Medical and sanitary report of the native army of Madras for the year
Year: 1878
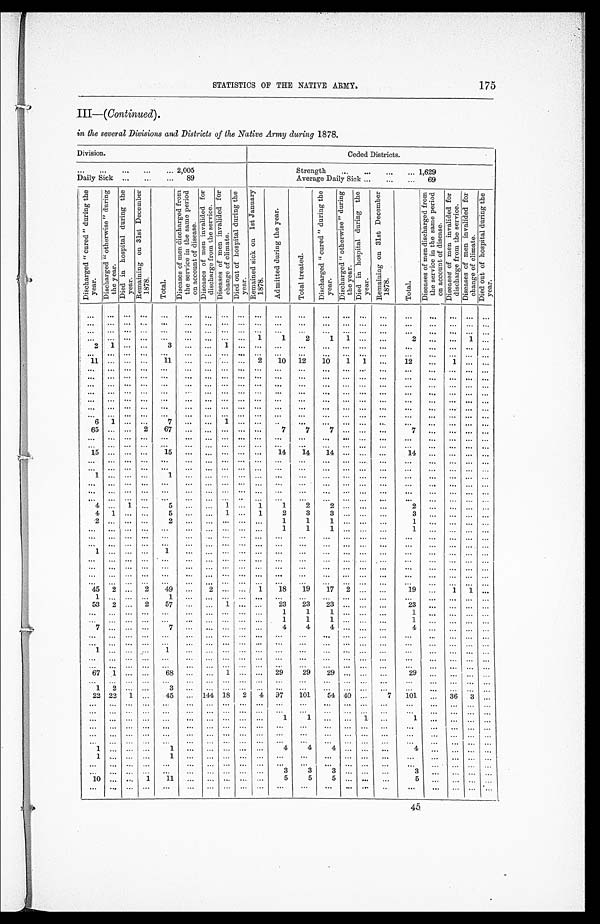
STATISTICS OF THE NATIVE ARMY.
III— (Continued).
in the several Divisions and Districts of the Native Army during 1878.
Division.
Ceded Districts.
. . . 2,005
Strength . . . 1,629
Daily Sick . . . 89
Average Daily Sick . . . 69
D i s c h a r g e d " c u r e d " d u r i n g t h e y e a r . D i s c h a r g e d " o t h e r w i s e " d u r i n g t h e y e a r .
D i e d i n h o s p i t a l d u r i n g t h e y e a r .
R e m a i n i n g o n 3 1 s t D e c e m b e r 1 8 7 8 .
T o t a l .
D i s e a s e s o f m e n d i s c h a r g e d f r o m t h e s e r v i c e i n t h e s a m e p e r i o d o n a c c o u n t o f d i s e a s e .
D i s e a s e s o f m e n i n v a l i d e d f o r d i s c h a r g e f r o m t h e s e r v i c e .
D i s e a s e s o f m e n i n v a l i d e d f o r c h a n g e o f c l i m a t e .
D i e d o u t o f h o s p i t a l d u r i n g t h e y e a r .
R e m a i n e d s i c k o n 1 s t J a n u a r y 1 8 7 8 .
A d m i t t e d d u r i n g t h e y e a r .
T o t a l t r e a t e d .
D i s c h a r g e d " c u r e d " d u r i n g t h e y e a r .
D i s c h a r g e d " o t h e r w i s e " d u r i n g t h e y e a r . D i e d i n h o s p i t a l d u r i n g t h e y e a r .
R e m a i n i n g o n 3 1 s t D e c e m b e r 1 8 7 8 .
T o t a l .
D i s a s e s o f m e n d i s c h a r g e d f r o m t h e s e r v i c e i n t h e s a m e p e r i o d o n a c c o u n t o f d i s e a s e .
D i s e a s e s o f m e n i n v a l i d e d f o r d i s c h a n g e f r o m t h e s e r v i c e .
D i s e a s e s o f m e n i n v a l i d e d f o r c h a n g e o f c l i m a t e .
D i e d o u t o f h o s p i t a l d u r i n g t h e y e a r .
. . .
. . .
. . .
. . .
. . .
. . .
. . .
. . . . . .
. . .
. . .
. . .
. . . . . .
. . .
. . .
. . .
. . .
. . .
. . .
. . .
. . .
. . .
. . . . . .
. . .
. . .
. . .
. . . . . .
. . .
. . .
. . .
. . . . . .
. . .
. . .
. . .
. . .
. . .
. . .
. . .
. . .
. . . . . .
. . .
. . .
. . .
. . .
. . .
. . .
. . .
. . .
. . .
. . .
. . .
. . .
. . .
. . .
. . .
. . .
. . . . . .
. . .
. . .
. . . . . .
. . .
. . .
. . .
. . .
. . .
1
1
2
1
1
. . .
. . .
2
. . . . . .
1 . . .
2
1
. . .
. . .
3
. . .
. . .
1
. . .
. . .
. . .
. . .
. . . . . .
. . .
. . .
. . .
. . .
. . .
. . .
. . .
. . .
. . .
. . .
. . .
. . .
. . .
. . .
. . .
. . .
. . .
. . .
. . .
. . . . . .
. . .
. . .
. . .
. . .
. . .
. . . . . .
11
. . .
. . .
. . .
11
. . .
. . .
. . .
. . .
2
10
12
10
1
1
. . .
12
. . .
1
. . .
. . .
. . .
. . .
. . .
. . .
. . .
. . .
. . .
. . .
. . .
. . .
. . .
. . .
. . . . . .
. . .
. . .
. . .
. . . . . .
. . .
. . .
. . .
. . .
. . . . . .
. . .
. . .
. . .
. . .
. . .
. . .
. . .
. . .
. . . . . .
. . .
. . .
. . . . . . . . .
. . . . . .
. . .
. . .
. . .
. . .
. . .
. . .
. . .
. . .
. . .
. . .
. . .
. . .
. . . . . .
. . .
. . .
. . .
. . .
. . .
. . . . . .
. . .
. . .
. . .
. . .
. . .
. . .
. . .
. . .
. . .
. . .
. . .
. . .
. . . . . .
. . .
. . .
. . . . . . . . .
. . . . . .
. . .
. . .
. . .
. . .
. . .
. . .
. . .
. . .
. . .
. . .
. . .
. . . . . . . . .
. . .
. . .
. . . . . . . . .
. . . . . .
. . .
. . .
. . .
. . .
. . .
. . .
. . .
. . .
. . .
. . .
. . .
. . .
. . .
. . .
. . .
. . .
. . .
. . .
. . .
. . . . . .
. . .
. . .
. . . . . .
. . .
. . .
. . .
. . .
. . .
. . .
. . .
. . . . . . . . .
. . .
. . .
. . . . . . . . .
. . . . . .
6
1
. . . . . .
7
. . .
. . .
1
. . .
. . .
. . .
. . .
. . . . . .
. . .
. . .
. . . . . . . . .
. . . . . .
65
. . .
. . .
2
67
. . .
. . .
. . .
. . .
. . .
7
7 7
. . .
. . .
. . .
7
. . . . . .
. . . . . .
. . .
. . .
. . . . . .
. . .
. . .
. . .
. . .
. . .
. . .
. . .
. . .
. . . . . .
. . .
. . . . . .
. . . . . .
. . . . . .
. . .
. . .
. . . . . .
. . .
. . .
. . .
. . .
. . .
. . .
. . .
. . .
. . . . . .
. . .
. . . . . .
. . . . . .
. . . . . .
15
. . .
. . . . . .
15
. . .
. . .
. . .
. . .
. . . 14
14
14 . . .
. . .
. . .
1 4
. . . . . .
. . . . . .
. . .
. . .
. . . . . .
. . .
. . .
. . .
. . .
. . .
. . .
. . .
. . .
. . . . . .
. . .
. . .
. . .
. . .
. . .
. . . . . .
. . .
. . .
. . . . . .
. . . . . .
. . .
. . .
. . .
. . .
. . .
. . .
. . .
. . .
. . .
. . .
. . .
. . .
. . .
. . . . . .
1
. . .
. . . . . .
1
. . .
. . .
. . .
. . .
. . .
. . .
. . . . . .
. . .
. . .
. . .
. . .
. . . . . .
. . . . . .
. . .
. . .
. . .
. . .
. . .
. . .
. . .
. . .
. . .
. . .
. . .
. . .
. . . . . .
. . .
. . .
. . .
. . .
. . .
. . . . . .
. . .
. . .
. . . . . .
. . .
. . .
. . .
. . .
. . .
. . .
. . .
. . .
. . . . . .
. . .
. . .
. . . . . .
. . .
. . . . . .
. . .
. . . . . . . . .
. . .
. . .
. . .
. . .
. . .
. . .
. . .
. . .
. . .
. . .
. . .
. . .
. . .
. . .
. . .
. . .
. . .
4
. . . 1
. . .
5
. . .
. . .
1
. . .
1
1
2
2
. . . . . .
. . .
2
. . .
. . .
. . .
. . .
4
1
. . . . . .
5
. . .
. . .
1
. . .
1
2
3
3 . . .
. . .
. . .
3
. . .
. . .
. . .
. . .
2
. . .
. . . . . .
2
. . .
. . .
. . .
. . .
. . .
1
1
1
. . .
. . .
. . .
1
. . .
. . .
. . .
. . .
. . . . . .
. . .
. . .
. . .
. . .
. . .
. . .
. . .
. . .
1
1
1
. . .
. . .
. . .
1
. . .
. . .
. . .
. . .
. . .
. . .
. . .
. . .
. . .
. . .
. . . . . .
. . .
. . .
. . .
. . .
. . .
. . .
. . .
. . .
. . .
. . .
. . .
. . .
. . .
. . .
. . .
. . .
. . .
. . .
. . . . . .
. . .
. . .
. . .
. . .
. . .
. . .
. . .
. . .
. . .
. . .
. . .
. . .
. . .
. . .
1
. . .
. . .
. . .
1
. . .
. . .
. . .
. . .
. . .
. . .
. . .
. . .
. . .
. . .
. . .
. . .
. . .
. . .
. . .
. . .
. . .
. . .
. . . . . .
. . .
. . .
. . .
. . .
. . .
. . .
. . .
. . .
. . .
. . .
. . .
. . . . . .
. . .
. . .
. . . . . .
. . .
. . .
. . . . . .
. . .
. . .
. . .
. . .
. . .
. . .
. . .
. . .
. . .
. . .
. . .
. . .
. . .
. . .
. . .
. . .
. . .
. . .
. . .
. . .
. . .
. . .
. . .
. . . . . .
. . .
. . .
. . .
. . .
. . .
. . .
. . .
. . .
. . .
. . .
. . .
. . .
. . .
. . .
. . .
. . .
. . .
. . .
. . .
. . . . . .
. . .
. . .
. . .
. . .
. . .
. . .
. . .
. . .
. . .
. . .
. . .
. . .
. . .
45
2
. . .
2
49
. . .
2
. . .
. . .
1
18
19
17
2
. . .
. . .
19
. . .
1
1
. . .
1
. . .
. . .
. . .
1
. . .
. . . . . .
. . .
. . .
. . .
. . .
. . .
. . .
. . .
. . .
. . .
. . .
. . .
. . .
. . .
53
2
. . .
2
57
. . .
. . .
1
. . .
. . .
23
23
23
. . .
. . .
. . .
23
. . .
. . .
. . .
. . .
. . .
. . .
. . .
. . .
. . .
. . .
. . . . . .
. . .
. . .
1
1
1
. . .
. . .
. . .
1
. . .
. . .
. . .
. . .
. . .
. . .
. . .
. . .
. . .
. . .
. . . . . .
. . .
. . .
1
1
1
. . .
. . .
. . .
1
. . .
. . .
. . .
. . .
7
. . .
. . .
. . .
7
. . .
. . . . . .
. . .
. . .
4
4
4
. . . . . .
. . .
4
. . .
. . .
. . .
. . .
. . .
. . .
. . .
. . .
. . .
. . .
. . . . . .
. . .
. . .
. . .
. . .
. . .
. . .
. . .
. . .
. . .
. . .
. . .
. . .
. . .
. . .
. . .
. . .
. . .
. . .
. . .
. . . . . .
. . .
. . .
. . .
. . .
. . .
. . .
. . .
. . .
. . .
. . .
. . .
. . .
. . .
1
. . .
. . .
. . .
1
. . .
. . . . . .
. . .
. . .
. . .
. . .
. . .
. . .
. . .
. . .
. . .
. . .
. . .
. . .
. . .
. . .
. . .
. . .
. . .
. . .
. . .
. . . . . .
. . .
. . .
. . .
. . .
. . .
. . .
. . .
. . .
. . .
. . .
. . .
. . .
. . .
. . .
. . .
. . .
. . .
. . .
. . .
. . . . . .
. . .
. . .
. . .
. . .
. . .
. . .
. . .
. . .
. . .
. . .
. . .
. . .
. . .
67
1
. . .
. . .
68
. . .
. . .
1
. . .
. . .
29
29
29
. . .
. . .
. . .
29
. . .
. . .
. . .
. . .
. . .
. . . . . .
. . .
. . .
. . .
. . . . . .
. . .
. . .
. . .
. . .
. . .
. . .
. . .
. . .
. . .
. . .
. . .
. . . . . .
1
2
. . .
. . .
3
. . .
. . . . . .
. . .
. . .
. . .
. . .
. . .
. . .
. . .
. . .
. . .
. . .
. . .
. . . . . .
22 22
1
. . .
45
. . .
144 18
2
4
97
101
54 40
. . .
7
101
. . .
3 6
3
. . .
. . .
. . .
. . .
. . .
. . .
. . .
. . . . . .
. . .
. . .
. . .
. . .
. . .
. . .
. . .
. . .
. . .
. . .
. . .
. . . . . .
. . .
. . .
. . .
. . .
. . .
. . .
. . . . . .
. . .
. . .
. . .
. . .
. . .
. . .
. . .
. . .
. . .
. . .
. . .
. . . . . .
. . .
. . .
. . .
. . .
. . .
. . .
. . . . . .
. . .
. . .
1
1
. . .
. . .
1
. . .
1
. . .
. . .
. . . . . .
. . .
. . .
. . .
. . .
. . .
. . .
. . . . . .
. . .
. . .
. . . . . .
. . .
. . .
. . .
. . .
. . .
. . .
. . .
. . . . . .
. . .
. . .
. . .
. . .
. . .
. . .
. . . . . .
. . .
. . .
. . .
. . .
. . .
. . .
. . .
. . .
. . .
. . .
. . .
. . . . . .
. . .
. . .
. . .
. . .
. . .
. . .
. . . . . .
. . .
. . .
. . .
. . .
. . .
. . .
. . .
. . .
. . .
. . .
. . .
. . . . . .
1
. . .
. . .
. . .
1
. . .
. . . . . .
. . .
. . .
4
4
4
. . .
. . .
. . .
4
. . .
. . . . . .
. . .
1
. . .
. . .
. . .
1
. . .
. . . . . .
. . .
. . .
. . .
. . .
. . .
. . .
. . .
. . .
. . .
. . .
. . .
. . . . . .
. . .
. . .
. . .
. . .
. . .
. . .
. . . . . .
. . .
. . .
. . .
. . .
. . .
. . .
. . .
. . .
. . .
. . .
. . .
. . .
. . .
. . .
. . .
. . .
. . .
. . .
. . .
. . . . . .
. . .
. . .
3
3
3
. . .
. . . . . .
3
. . .
. . .
. . . . . .
10
. . .
. . .
1
11
. . .
. . . . . .
. . .
. . .
5
5
5
. . .
. . .
. . .
. . .
. . .
. . . . . .
5
. . .
. . .
. . .
. . .
. . .
. . .
. . . . . .
. . .
. . .
. . .
. . .
. . .
. . .
. . .
. . .
. . .
. . .
. . .
. . . . . .
175